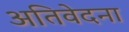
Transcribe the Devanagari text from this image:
अतिवेदना